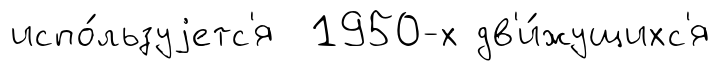
испо́льзуjетс'я 1950-х дв'и́жущихс'я